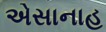
એસાનાહ